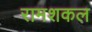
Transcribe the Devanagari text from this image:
रामशकल